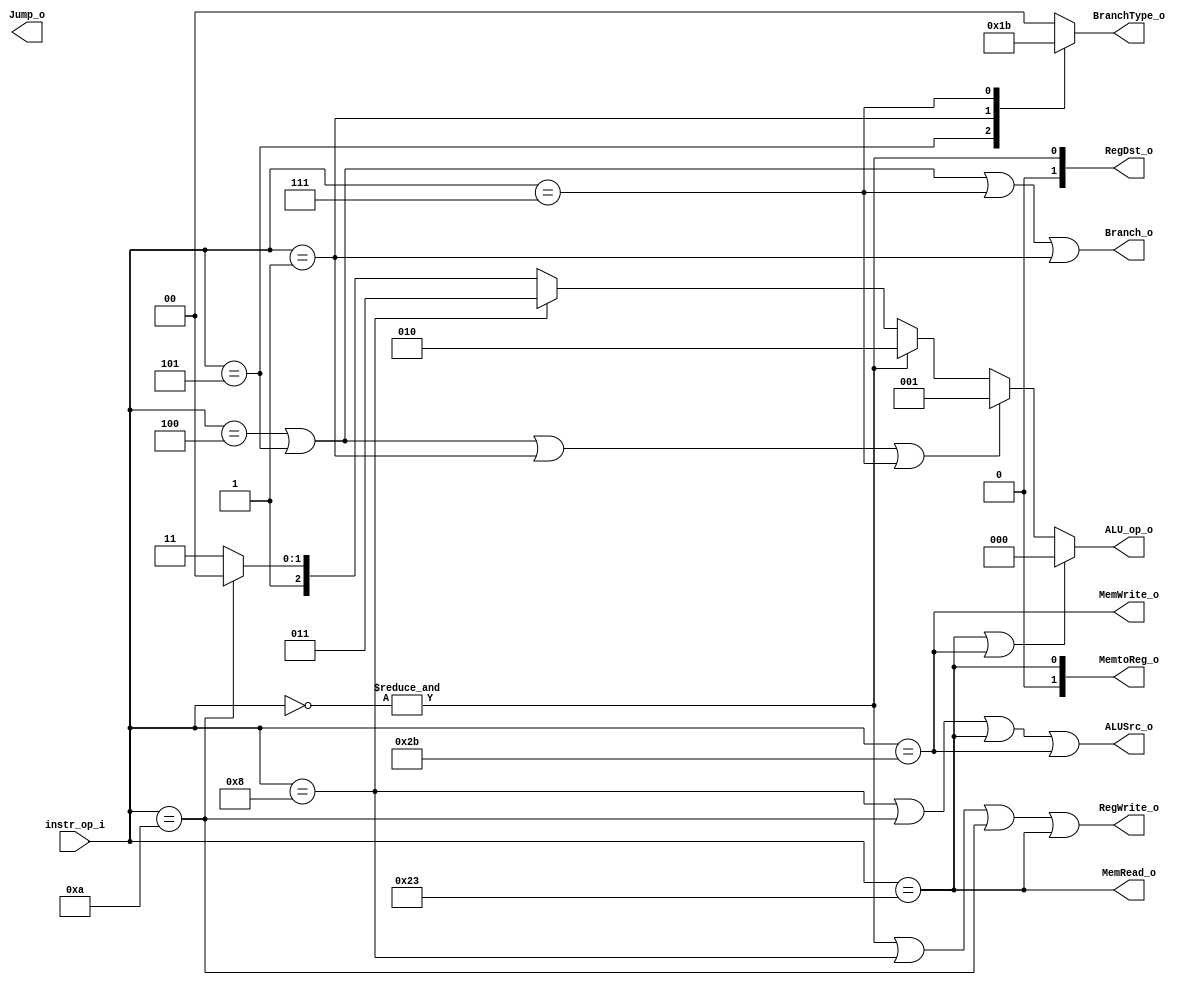
module Decoder(
    instr_op_i,
	RegWrite_o,
	ALU_op_o,
	ALUSrc_o,
	RegDst_o,
	Branch_o,
	BranchType_o,
	Jump_o,
	MemRead_o,
	MemWrite_o,
	MemtoReg_o
	);
     
//I/O ports
input  [6-1:0] instr_op_i;

output         RegWrite_o;
output [3-1:0] ALU_op_o;
output         ALUSrc_o;
output [2-1:0] RegDst_o;
output         Branch_o;
output [2-1:0] BranchType_o;
output 		   Jump_o;
output		   MemRead_o;
output		   MemWrite_o;
output [2-1:0] MemtoReg_o;
 
//Internal Signals
reg    [3-1:0] ALU_op_o;
reg            ALUSrc_o;
reg            RegWrite_o;
reg	   		   RegDst_o;
reg    		   Branch_o;
reg    [2-1:0] BranchType_o;
reg 		   Jump_o;
reg			   MemRead_o;
reg			   MemWrite_o;
reg	   		   MemtoReg_o;

wire		   Rformat_ctrl ;//including jr
wire		   lw_ctrl		;
wire		   sw_ctrl		;
wire		   beq_ctrl		;
wire		   bne_ctrl		;
wire		   bge_ctrl		;
wire		   bgt_ctrl		;
wire		   addi_ctrl	;
wire		   slti_ctrl	;
wire		   j_ctrl		;
wire		   jal_ctrl		;
//Parameter
//Main function
////R-format
assign Rformat_ctrl = &(~instr_op_i);
////I-format
assign lw_ctrl		= (instr_op_i== 6'b100011);
assign sw_ctrl		= (instr_op_i== 6'b101011);
//////branch instructions set
assign beq_ctrl		= (instr_op_i== 6'd4);
assign bne_ctrl		= (instr_op_i== 6'd5);
assign bge_ctrl		= (instr_op_i== 6'd1);
assign bgt_ctrl		= (instr_op_i== 6'd7);
assign addi_ctrl	= (instr_op_i== 6'd8);
assign slti_ctrl	= (instr_op_i==6'd10);
////J-format
assign j_ctrl		= (instr_op_i== 6'd2);
assign jal_ctrl		= (instr_op_i== 6'd3);

always @(instr_op_i)begin
	if(lw_ctrl | sw_ctrl)
		ALU_op_o <= 3'd0; //0 if it is lw or sw
	else if(beq_ctrl | bne_ctrl | bge_ctrl | bgt_ctrl )
		ALU_op_o <= 3'd1; //1 if it is beq
	else if(Rformat_ctrl)
		ALU_op_o <= 3'd2; //2 if it is R-format
	else if(addi_ctrl)
		ALU_op_o <= 3'd3; //3 if it is addi
	else if(slti_ctrl)
		ALU_op_o <= 3'd4; //4 if it is slti
	else
		ALU_op_o <= 3'b111;
end

always @(instr_op_i)begin
	ALUSrc_o <= addi_ctrl | slti_ctrl | lw_ctrl | sw_ctrl;
end

always @(instr_op_i)begin
	RegWrite_o <= Rformat_ctrl | addi_ctrl | slti_ctrl | lw_ctrl;
end

always @(instr_op_i)begin
	RegDst_o <= Rformat_ctrl;
end

always @(instr_op_i)begin
	MemRead_o <= lw_ctrl;
end

always @(instr_op_i)begin
	MemWrite_o <= sw_ctrl;
end

always @(instr_op_i)begin
	MemtoReg_o <= lw_ctrl;
	//MemtoReg_o <= lw_ctrl? 1:(jal_ctrl ? 2 : 0);
end

always @(instr_op_i)begin
	Branch_o <= beq_ctrl | bne_ctrl | bgt_ctrl | bge_ctrl;
end

always @(instr_op_i)begin
	case(instr_op_i)
		6'd4:BranchType_o <= 2'd0;		//beq
		6'd5:BranchType_o <= 2'd1;		//bne
		6'd1:BranchType_o <= 2'd2;		//bge
		6'd7:BranchType_o <= 2'd3;		//bgt
		default:BranchType_o <= 2'd0;
	endcase
end

/*
always @(instr_op_i)begin
	Jump_o <= j_ctrl | jal_ctrl;
end
*/
endmodule